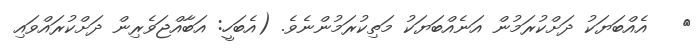
٣   އެއްބަޔަކު ދަށްކުރަމުން އަނެއްބަޔަކު މަތިކުރަމުންނެވެ. (އެބަހީ: އަބާއްޖަވެރިން ދަށްކުރައްވައި